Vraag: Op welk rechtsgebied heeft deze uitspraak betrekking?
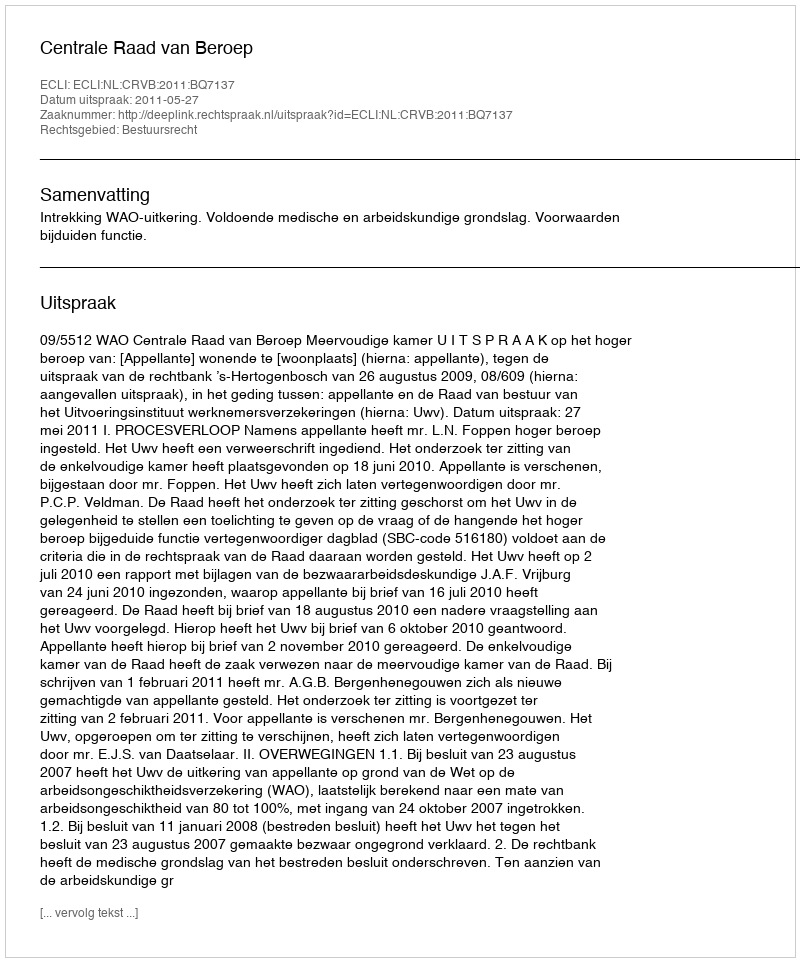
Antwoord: Bestuursrecht